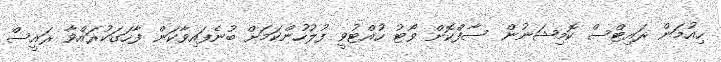
ހިއުމަން ރައިޓްސް ކޮމިޝަނުން ސާފްކޮށް ވޯޓު ހުއްޓުވީ ފުލުހުންކަމަށް ބުނެފައިވާކަން ފާހަގަކުރައްވާ ރައީސް